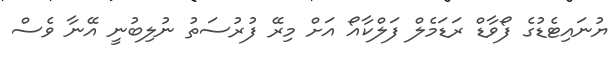
ޔުނައިޓެޑުގެ ފޯވާޑް ރަޑަމެލް ފަލްކާއޯ އަށް މިރޭ ފުރުސަތު ނުލިބުނީ އޭނާ ވެސް